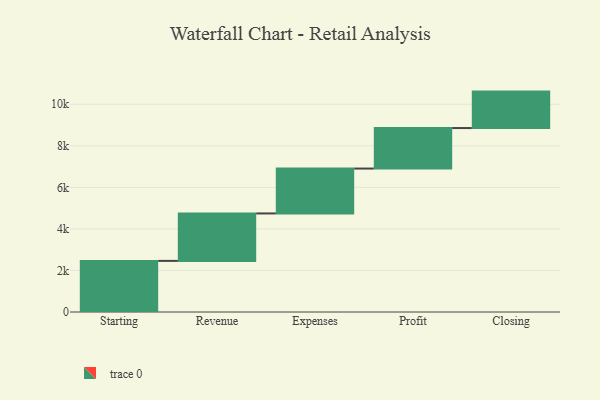
{"axis": {"x": "Step", "y": "Value"}, "legend": [""], "data": [{"x": "Starting", "y": 2461.0, "type": ""}, {"x": "Revenue", "y": 2284.0, "type": ""}, {"x": "Expenses", "y": 2161.0, "type": ""}, {"x": "Profit", "y": 1950.0, "type": ""}, {"x": "Closing", "y": 1755.0, "type": ""}]}